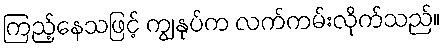
ကြည့်နေသဖြင့် ကျွနုပ်က လက်ကမ်းလိုက်သည်။